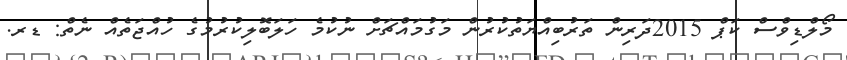
މޯލްޑިވްސް ކަޕް 2015ދަރިން ތަރުބިއްޔަތުކުރުން މަގުމައްޗަށް ނުކުމެ ހަލަބޮލިކުރުމުގެ ހުއްޖަތެއް ނެތް: ޑރ.